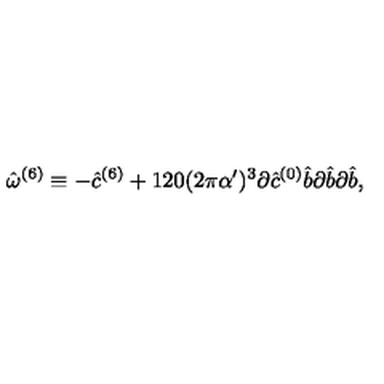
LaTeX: \hat { \omega } ^ { ( 6 ) } \equiv - { \hat { c } } ^ { ( 6 ) } + 1 2 0 ( 2 \pi \alpha ^ { \prime } ) ^ { 3 } \partial { \hat { c } } ^ { ( 0 ) } { \hat { b } } \partial { \hat { b } } \partial { \hat { b } } ,